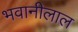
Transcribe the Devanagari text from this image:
भवानीलाल